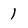
Character: 1